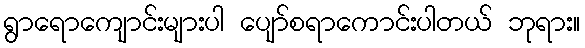
ရွာရောကျောင်းများပါ ပျော်စရာကောင်းပါတယ် ဘုရား။